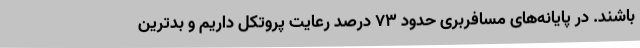
باشند. در پایانه‌های مسافربری حدود ۷۳ درصد رعایت پروتکل داریم و بدترین